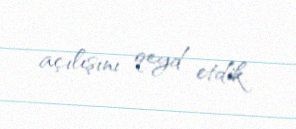
açılışını qeyd etdik.